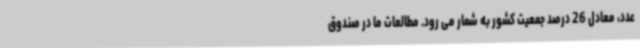
عدد، معادل 26 درصد جمعیت کشور به شمار می رود. مطالعات ما در صندوق